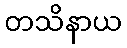
တသိနာယ